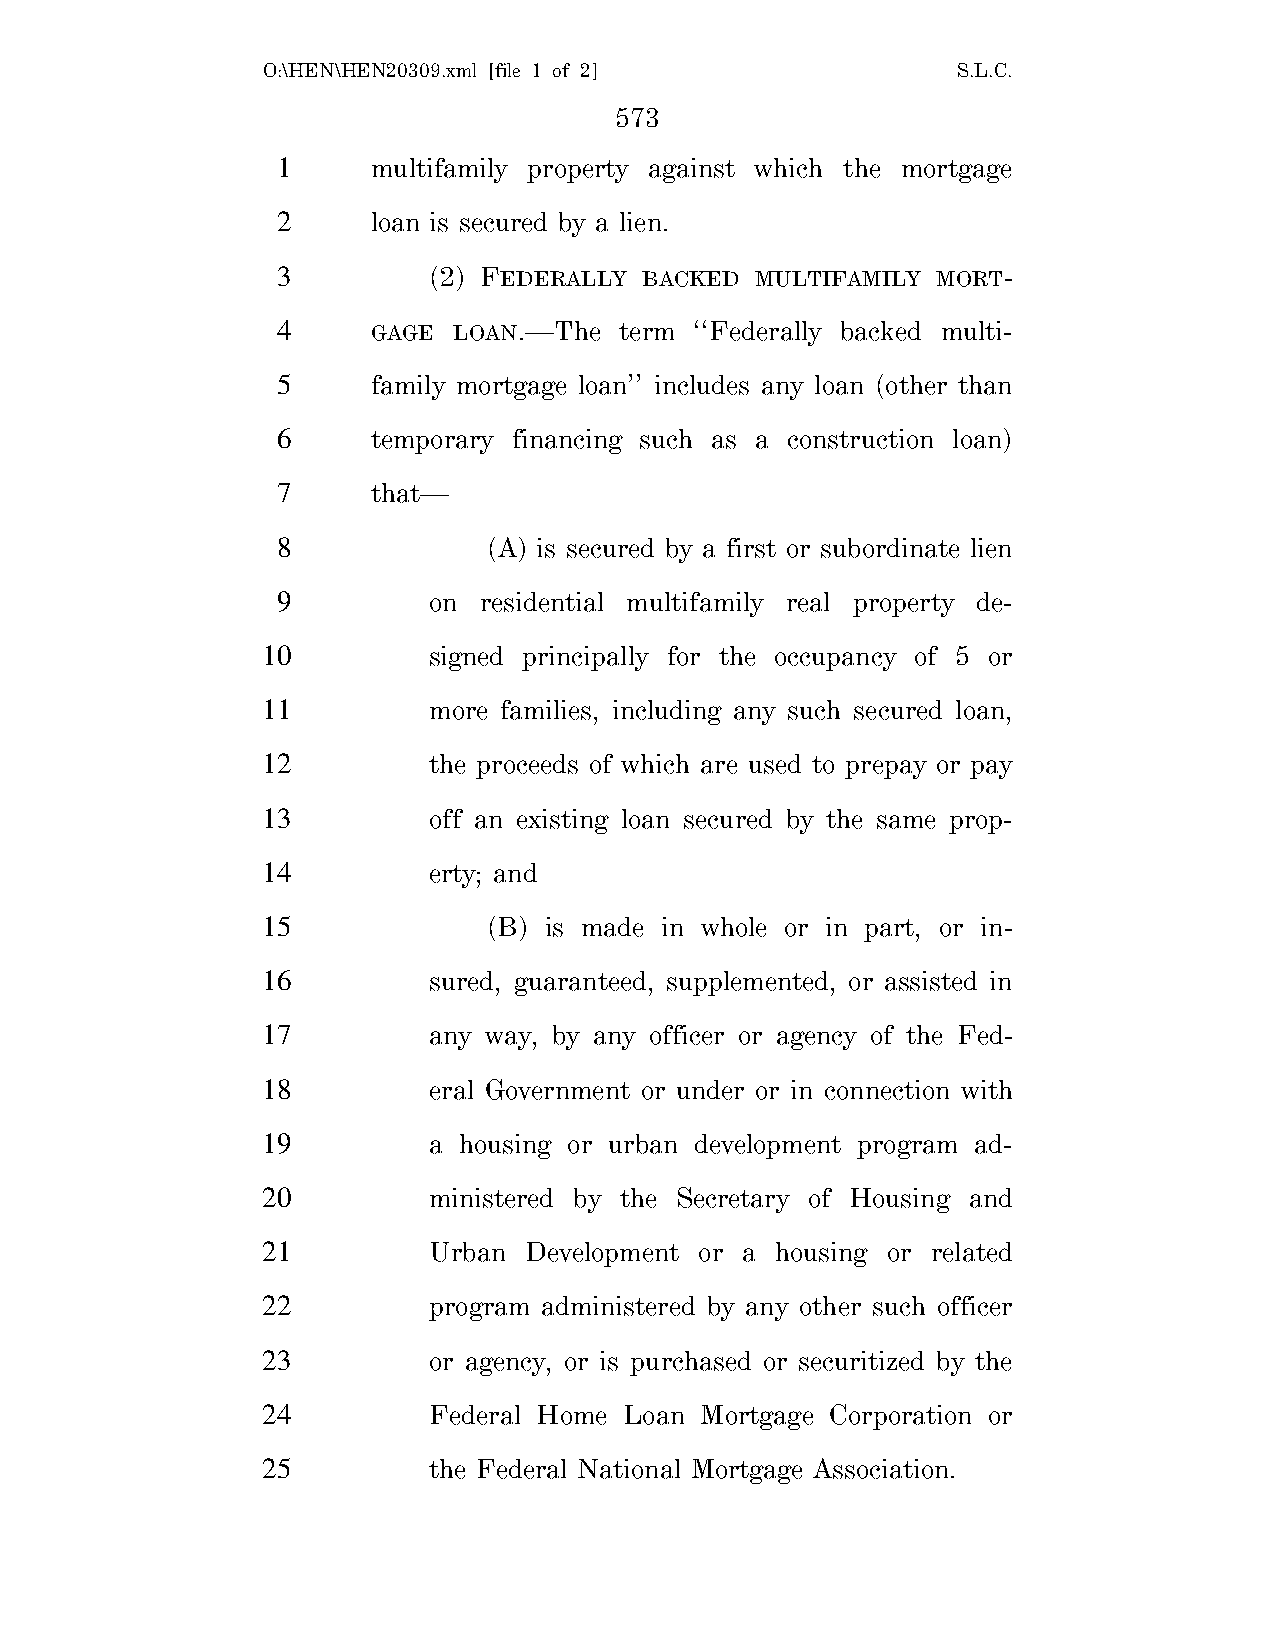
O:\HEN\HEN20309.xml [file 1 of 2]             S.L.C.
 573
 1      multifamily property against which the mortgage
 2      loan is secured by a lien.
 3         (2) FEDERALLY  BACKED MULTIFAMILY MORT-
 4      GAGE LOAN.—The  term ‘‘Federally backed multi-
 5      family mortgage loan’’ includes any loan (other than
 6      temporary financing such as a construction loan)
 7      that—
 8             (A) is secured by a first or subordinate lien
 9         on  residential multifamily real property de-
 10         signed principally for the occupancy of 5 or
 11         more families, including any such secured loan,
 12         the proceeds of which are used to prepay or pay
 13         off an existing loan secured by the same prop-
 14         erty; and
 15             (B) is made in whole or in part, or in-
 16         sured, guaranteed, supplemented, or assisted in
 17         any way, by any officer or agency of the Fed-
 18         eral Government or under or in connection with
 19         a housing or urban development program ad-
 20         ministered by the Secretary of Housing and
 21         Urban  Development or a housing or related
 22         program administered by any other such officer
 23         or agency, or is purchased or securitized by the
 24         Federal Home Loan Mortgage Corporation or
 25         the Federal National Mortgage Association.